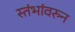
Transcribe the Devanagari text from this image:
स्तंभांवरुन